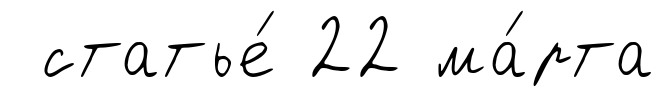
статье́ 22 ма́рта